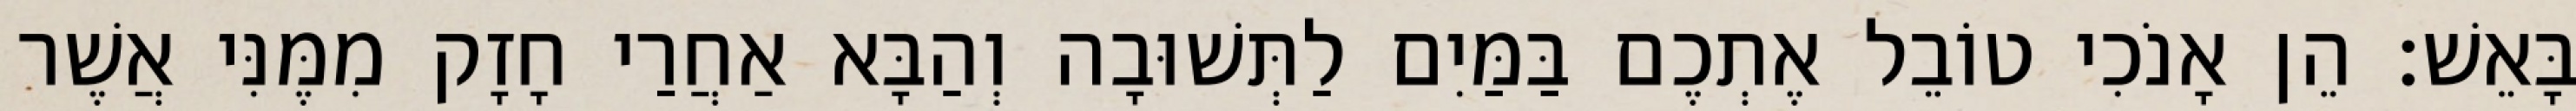
בָּאֵשׁ׃ הֵן אָנֹכִי טוֹבֵל אֶתְכֶם בַּמַּיִם לַתְּשׁוּבָה וְהַבָּא אַחֲרַי חָזָק מִמֶּנִּי אֲשֶׁר